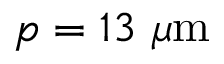
p = 1 3 ~ \mu \mathrm { m }